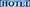
HOTEL